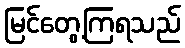
မြင်တွေ့ကြရသည်